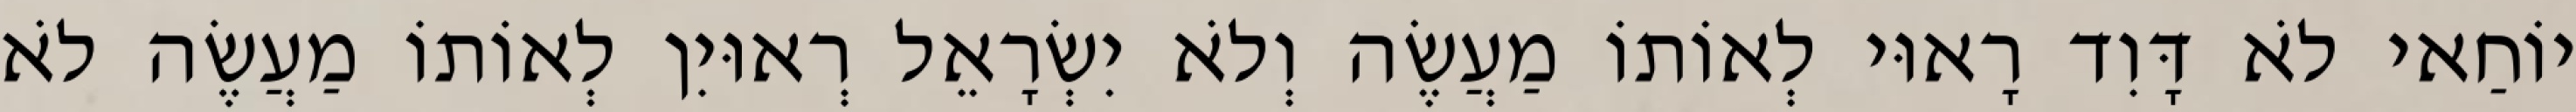
יוֹחַאי לֹא דָּוִד רָאוּי לְאוֹתוֹ מַעֲשֶׂה וְלֹא יִשְׂרָאֵל רְאוּיִן לְאוֹתוֹ מַעֲשֶׂה לֹא